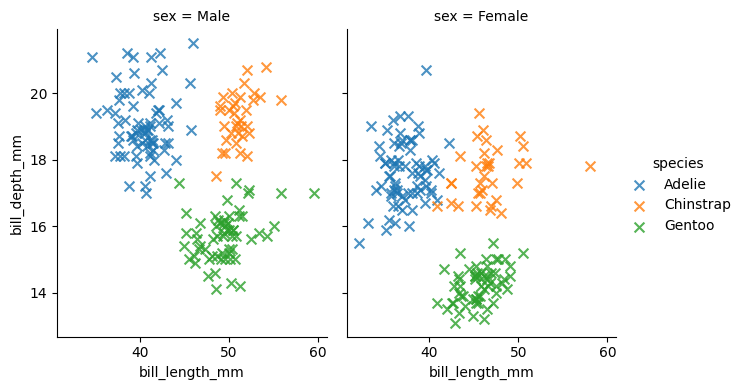
python, seaborn, lmplot, aspect=0.8, order=2, markers='x'